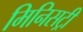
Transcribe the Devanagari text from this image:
मिनिसट्री